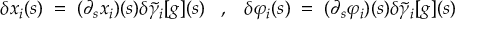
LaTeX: \delta x _ { i } ( s ) \; = \; ( \partial _ { s } x _ { i } ) ( s ) \delta \widetilde { \gamma } _ { i } [ g ] ( s ) \; \; \; , \; \; \; \delta \varphi _ { i } ( s ) \; = \; ( \partial _ { s } \varphi _ { i } ) ( s ) \delta \widetilde { \gamma } _ { i } [ g ] ( s ) \; \; \;